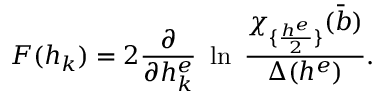
F ( h _ { k } ) = 2 { \frac { \partial } { \partial h _ { k } ^ { e } } } ~ \ln \ { \frac { \chi _ { \{ { \frac { h ^ { e } } { 2 } } \} } ( { \bar { b } } ) } { \Delta ( h ^ { e } ) } } .